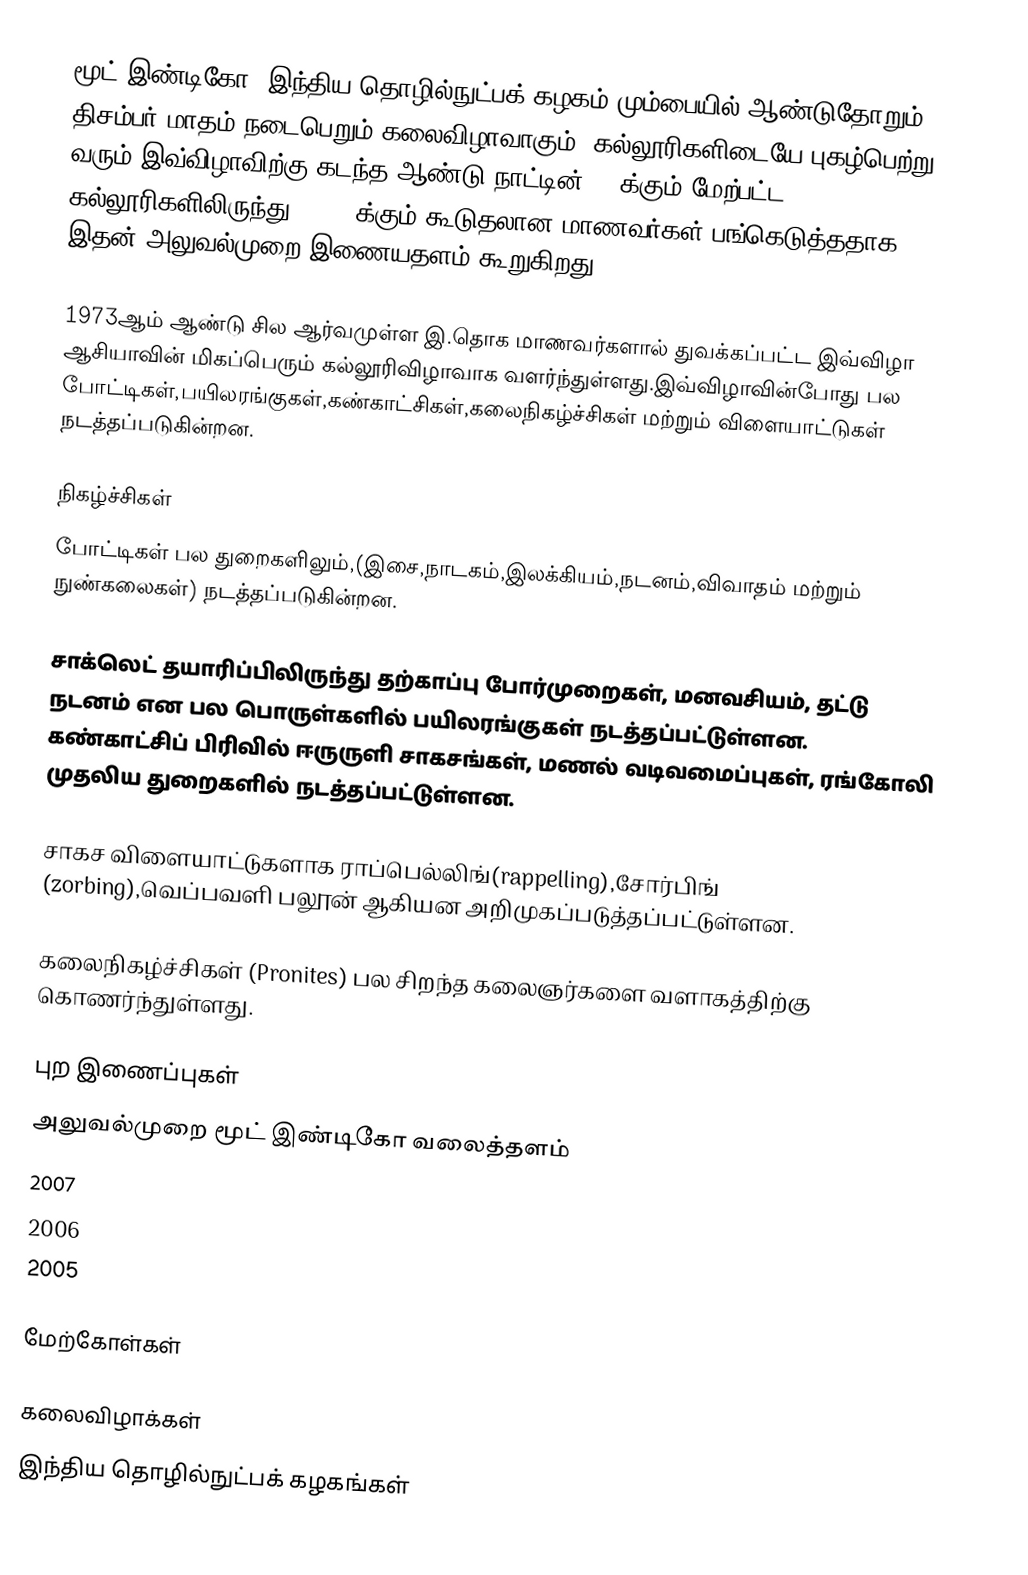
மூட் இண்டிகோ, இந்திய தொழில்நுட்பக் கழகம் மும்பையில் ஆண்டுதோறும் திசம்பர் மாதம் நடைபெறும் கலைவிழாவாகும். கல்லூரிகளிடையே புகழ்பெற்று வரும் இவ்விழாவிற்கு கடந்த ஆண்டு நாட்டின் 500க்கும் மேற்பட்ட கல்லூரிகளிலிருந்து 60,000க்கும் கூடுதலான மாணவர்கள் பங்கெடுத்ததாக இதன் அலுவல்முறை இணையதளம் கூறுகிறது.

1973ஆம் ஆண்டு சில ஆர்வமுள்ள இ.தொக மாணவர்களால் துவக்கப்பட்ட இவ்விழா ஆசியாவின் மிகப்பெரும் கல்லூரிவிழாவாக வளர்ந்துள்ளது.இவ்விழாவின்போது பல போட்டிகள்,பயிலரங்குகள்,கண்காட்சிகள்,கலைநிகழ்ச்சிகள் மற்றும் விளையாட்டுகள் நடத்தப்படுகின்றன.

நிகழ்ச்சிகள்
போட்டிகள் பல துறைகளிலும்,(இசை,நாடகம்,இலக்கியம்,நடனம்,விவாதம் மற்றும் நுண்கலைகள்) நடத்தப்படுகின்றன.

சாக்லெட் தயாரிப்பிலிருந்து தற்காப்பு போர்முறைகள், மனவசியம், தட்டு நடனம் என பல பொருள்களில் பயிலரங்குகள் நடத்தப்பட்டுள்ளன. கண்காட்சிப் பிரிவில் ஈருருளி சாகசங்கள், மணல் வடிவமைப்புகள், ரங்கோலி முதலிய துறைகளில் நடத்தப்பட்டுள்ளன.

சாகச விளையாட்டுகளாக ராப்பெல்லிங்(rappelling),சோர்பிங் (zorbing),வெப்பவளி பலூன் ஆகியன அறிமுகப்படுத்தப்பட்டுள்ளன.

கலைநிகழ்ச்சிகள் (Pronites) பல சிறந்த கலைஞர்களை வளாகத்திற்கு கொணர்ந்துள்ளது.

புற இணைப்புகள்
 அலுவல்முறை மூட் இண்டிகோ வலைத்தளம்
  2007
  2006
 2005

மேற்கோள்கள்

கலைவிழாக்கள்
இந்திய தொழில்நுட்பக் கழகங்கள்